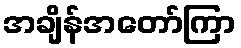
အချိန်အတော်ကြာ